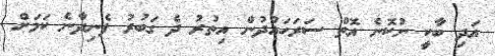
އަދި ބާކީ ނުކޮނެ އޮތް ސަރަހައްދުން އިތުރު ދެ ގަބުރު ފެނިދާނެ ކަމަށް